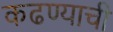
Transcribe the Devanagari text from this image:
कढण्याची